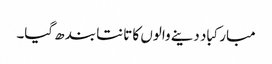
مبارکباد دینے والوں کا تانتا بند ھ گیا۔